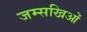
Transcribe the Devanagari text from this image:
जम्सखिओं